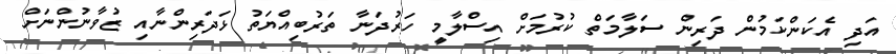
އަދި އެކަންކަމުން ދަރިން ސަލާމަތް ކުރުމަށް އިސްލާމީ ހަރުދަނާ ތަރުބިއްޔަތު ޅަދަރިންނާއި ޒުވާނުންނަށް